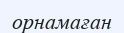
орнамаған